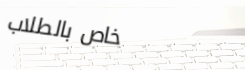
خاص بالطلاب